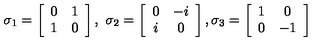
\sigma _ { 1 } = \left[ \begin{array} { c c } { 0 } & { 1 } \\ { 1 } & { 0 } \\ \end{array} \right] , \ \sigma _ { 2 } = \left[ \begin{array} { c c } { 0 } & { - i } \\ { i } & { 0 } \\ \end{array} \right] , \sigma _ { 3 } = \left[ \begin{array} { c c } { 1 } & { 0 } \\ { 0 } & { - 1 } \\ \end{array} \right]